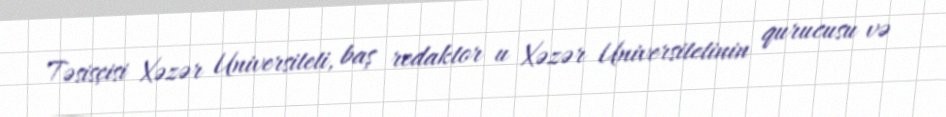
Təsisçisi Xəzər Universiteti, baş redaktor u Xəzər Universitetinin qurucusu və